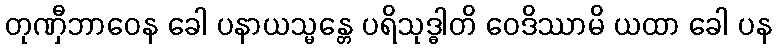
တုဏှီဘာဝေန ခေါ ပနာယသ္မန္တေ ပရိသုဒ္ဓါတိ ဝေဒိဿာမိ ယထာ ခေါ ပန